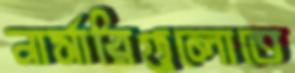
নার্সারিগুলোতে